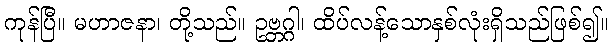
ကုန်ပြီ။ မဟာဇနာ၊ တို့သည်။ ဥဗ္ဘဂ္ဂါ၊ ထိပ်လန့်သောနှစ်လုံးရှိသည်ဖြစ်၍။